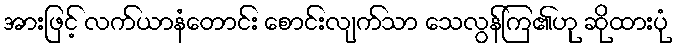
အားဖြင့် လက်ယာနံတောင်း စောင်းလျက်သာ သေလွန်ကြ၏ဟု ဆိုထားပုံ